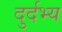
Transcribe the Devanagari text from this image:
दुर्दभ्य